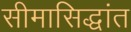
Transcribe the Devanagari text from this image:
सीमासिद्धांत